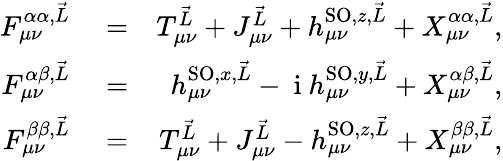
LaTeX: \begin{array}{rlr}{F_{\mu\nu}^{\alpha\alpha,\vec{L}}}&{{}=}&{T_{\mu\nu}^{\vec{L}}+J_{\mu\nu}^{\vec{L}}+h_{\mu\nu}^{\textrm{SO},z,\vec{L}}+X_{\mu\nu}^{\alpha\alpha,\vec{L}},}\\ {F_{\mu\nu}^{\alpha\beta,\vec{L}}}&{{}=}&{h_{\mu\nu}^{\textrm{SO},x,\vec{L}}-\mathrm{~i~}h_{\mu\nu}^{\textrm{SO},y,\vec{L}}+X_{\mu\nu}^{\alpha\beta,\vec{L}},}\\ {F_{\mu\nu}^{\beta\beta,\vec{L}}}&{{}=}&{T_{\mu\nu}^{\vec{L}}+J_{\mu\nu}^{\vec{L}}-h_{\mu\nu}^{\textrm{SO},z,\vec{L}}+X_{\mu\nu}^{\beta\beta,\vec{L}},}\end{array}